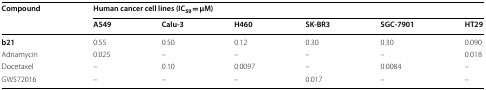
| <ROWSPAN=2> Compound | <COLSPAN=6> Human cancer cell lines (IC50 = μM) |
 | A549 | Calu-3 | H460 | SK-BR3 | SGC-7901 | HT29 |
 | --- | --- | --- | --- | --- | --- | --- |
 | b21 | 0.55 | 0.50 | 0.12 | 0.30 | 0.30 | 0.090 |
 | Adriamycin | 0.025 | – | – | – | – | 0.018 |
 | Docetaxel | – | 0.10 | 0.0097 | – | 0.0084 | – |
 | GW572016 | – | – | – | 0.017 | – | – |